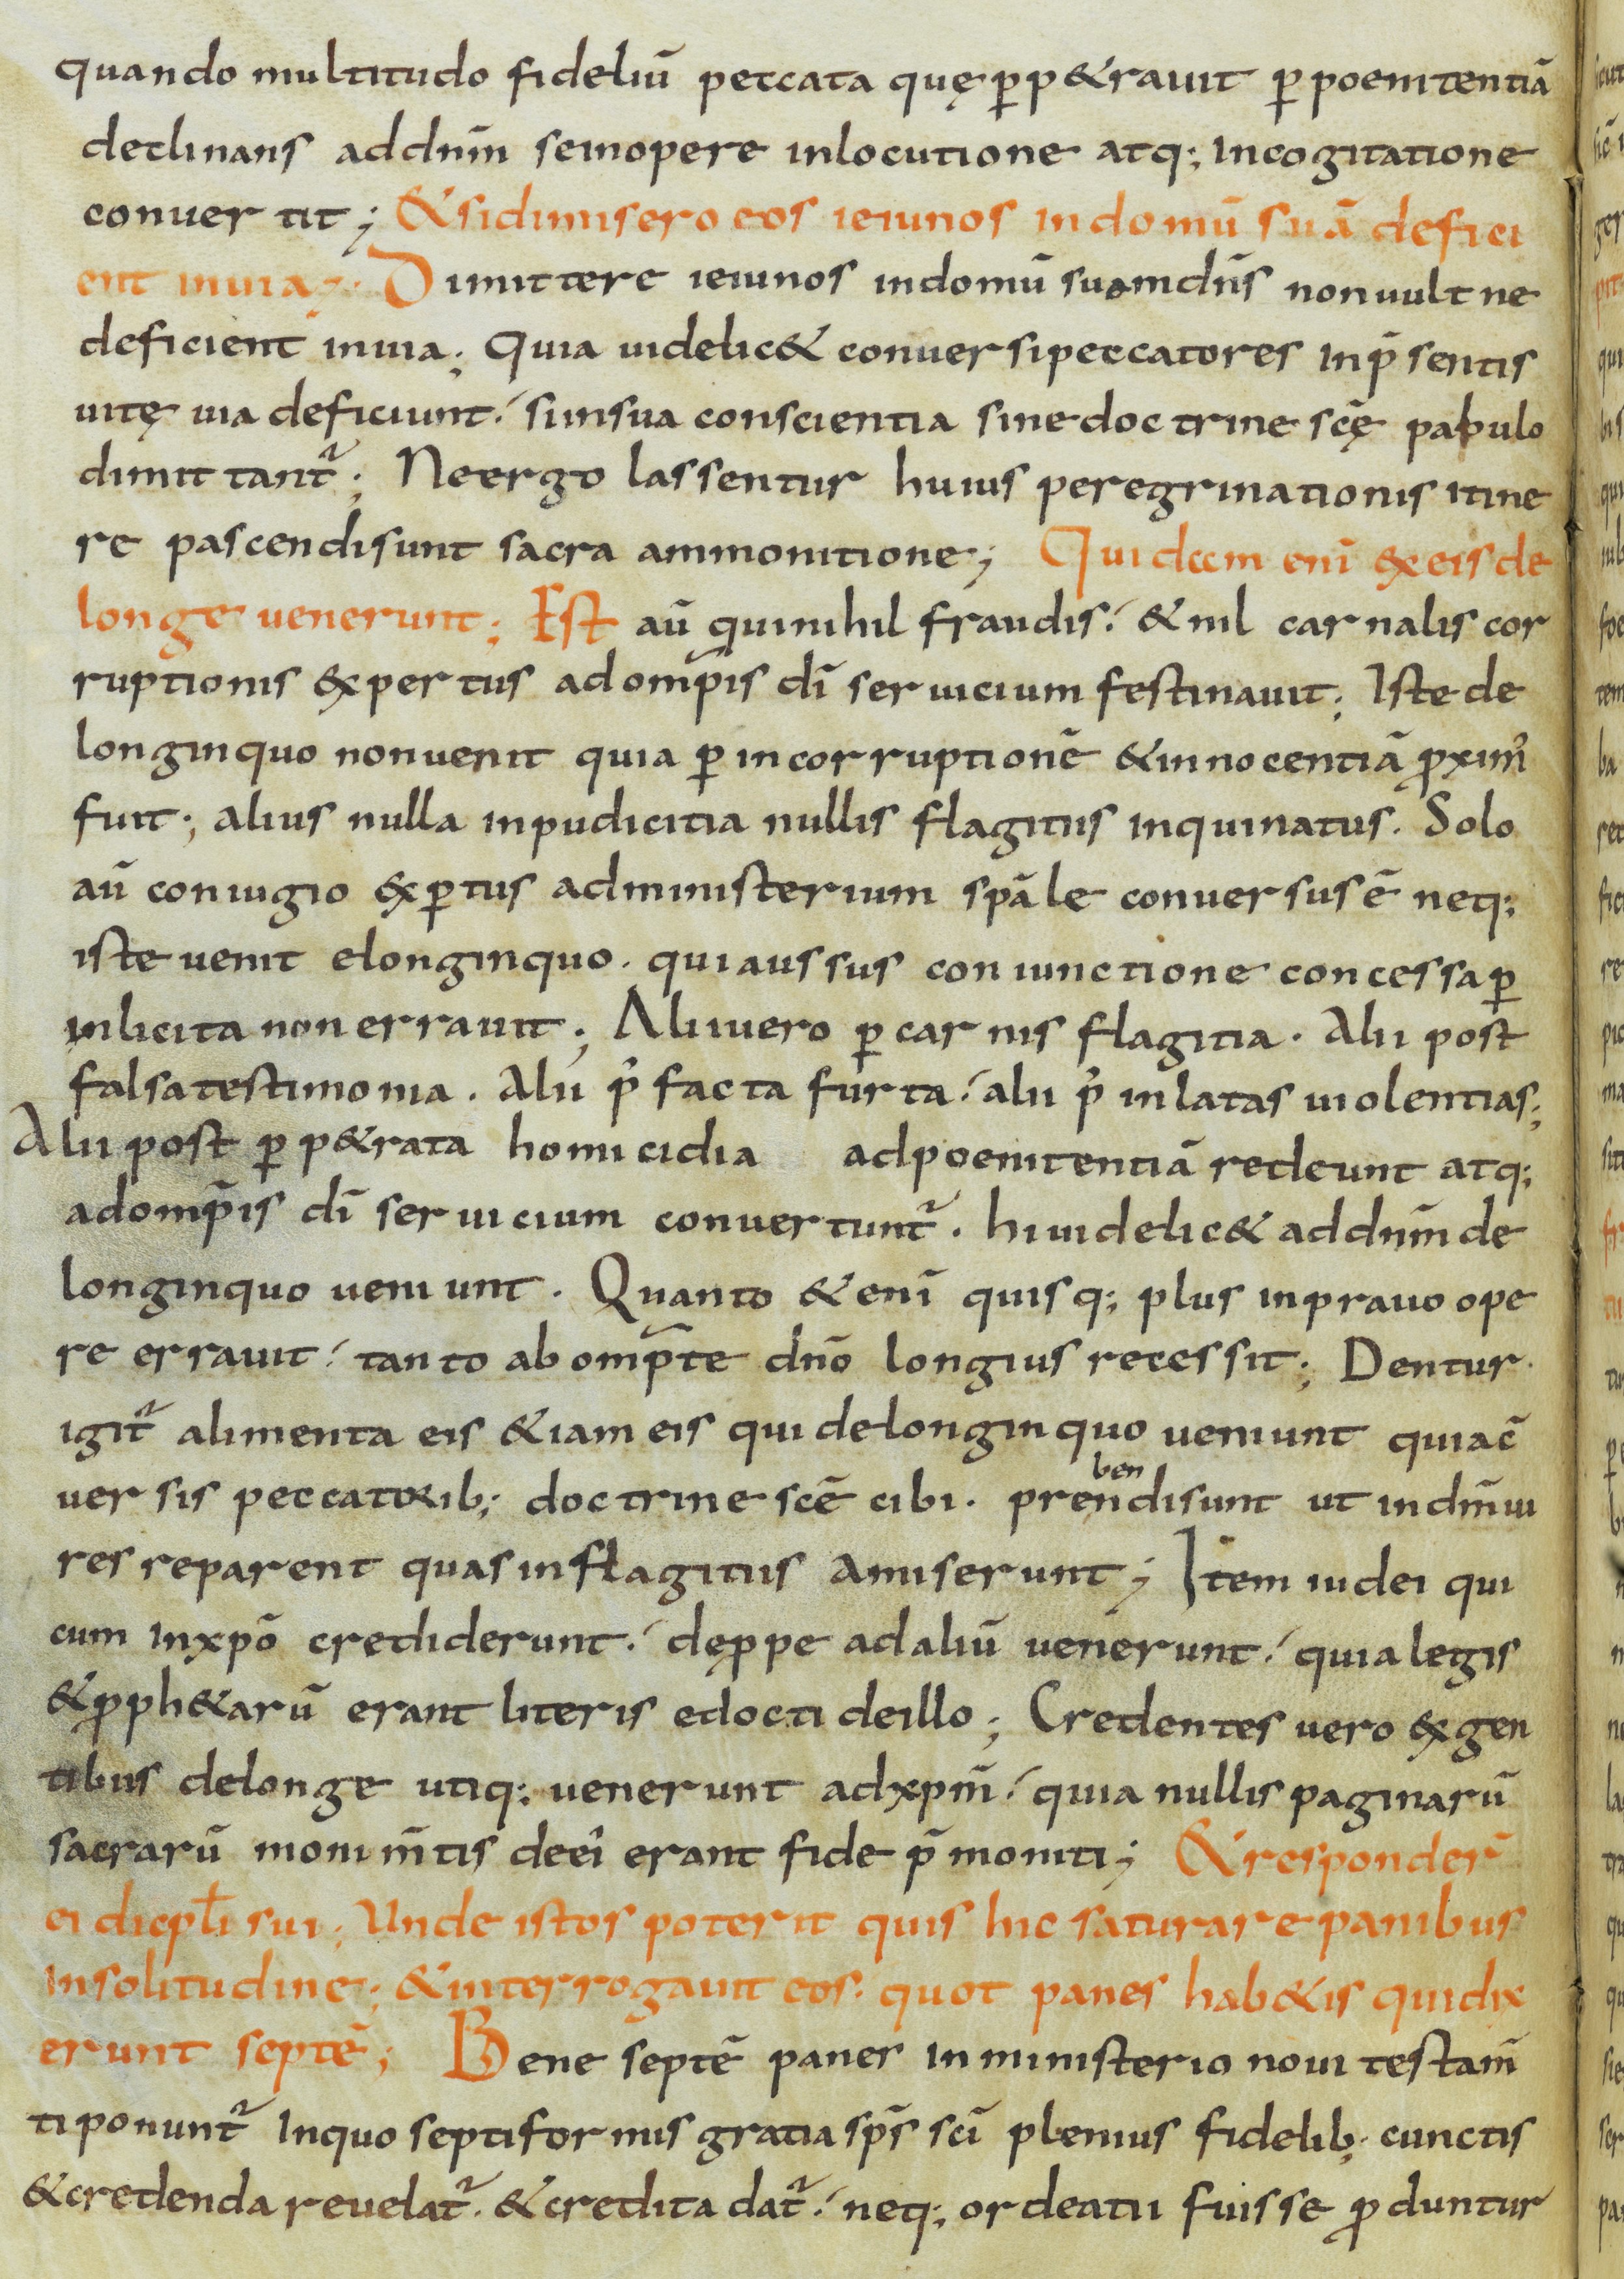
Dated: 800–899